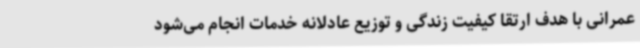
عمرانی با هدف ارتقا کیفیت زندگی و توزیع عادلانه خدمات انجام می‌شود